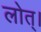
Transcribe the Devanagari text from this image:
लोत्।